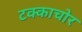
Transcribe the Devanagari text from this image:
टक्काचोर